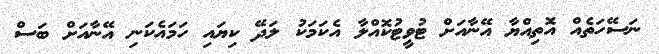
ނަސޭހަތެއް އޮތިއްޔާ އޭނާއަށް ޓުވީޓުކޮއްލާ އެކަމަކު ލަދޭ ކިޔައި ހަމައެކަނި އޭނާއަށް ބަސް